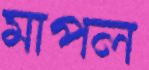
মাপল